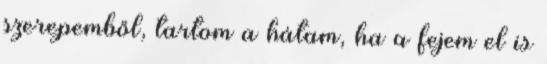
szerepemből, tartom a hátam, ha a fejem el is